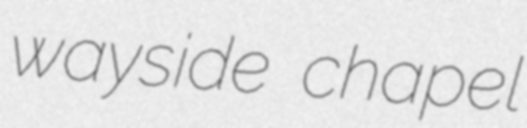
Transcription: wayside chapel